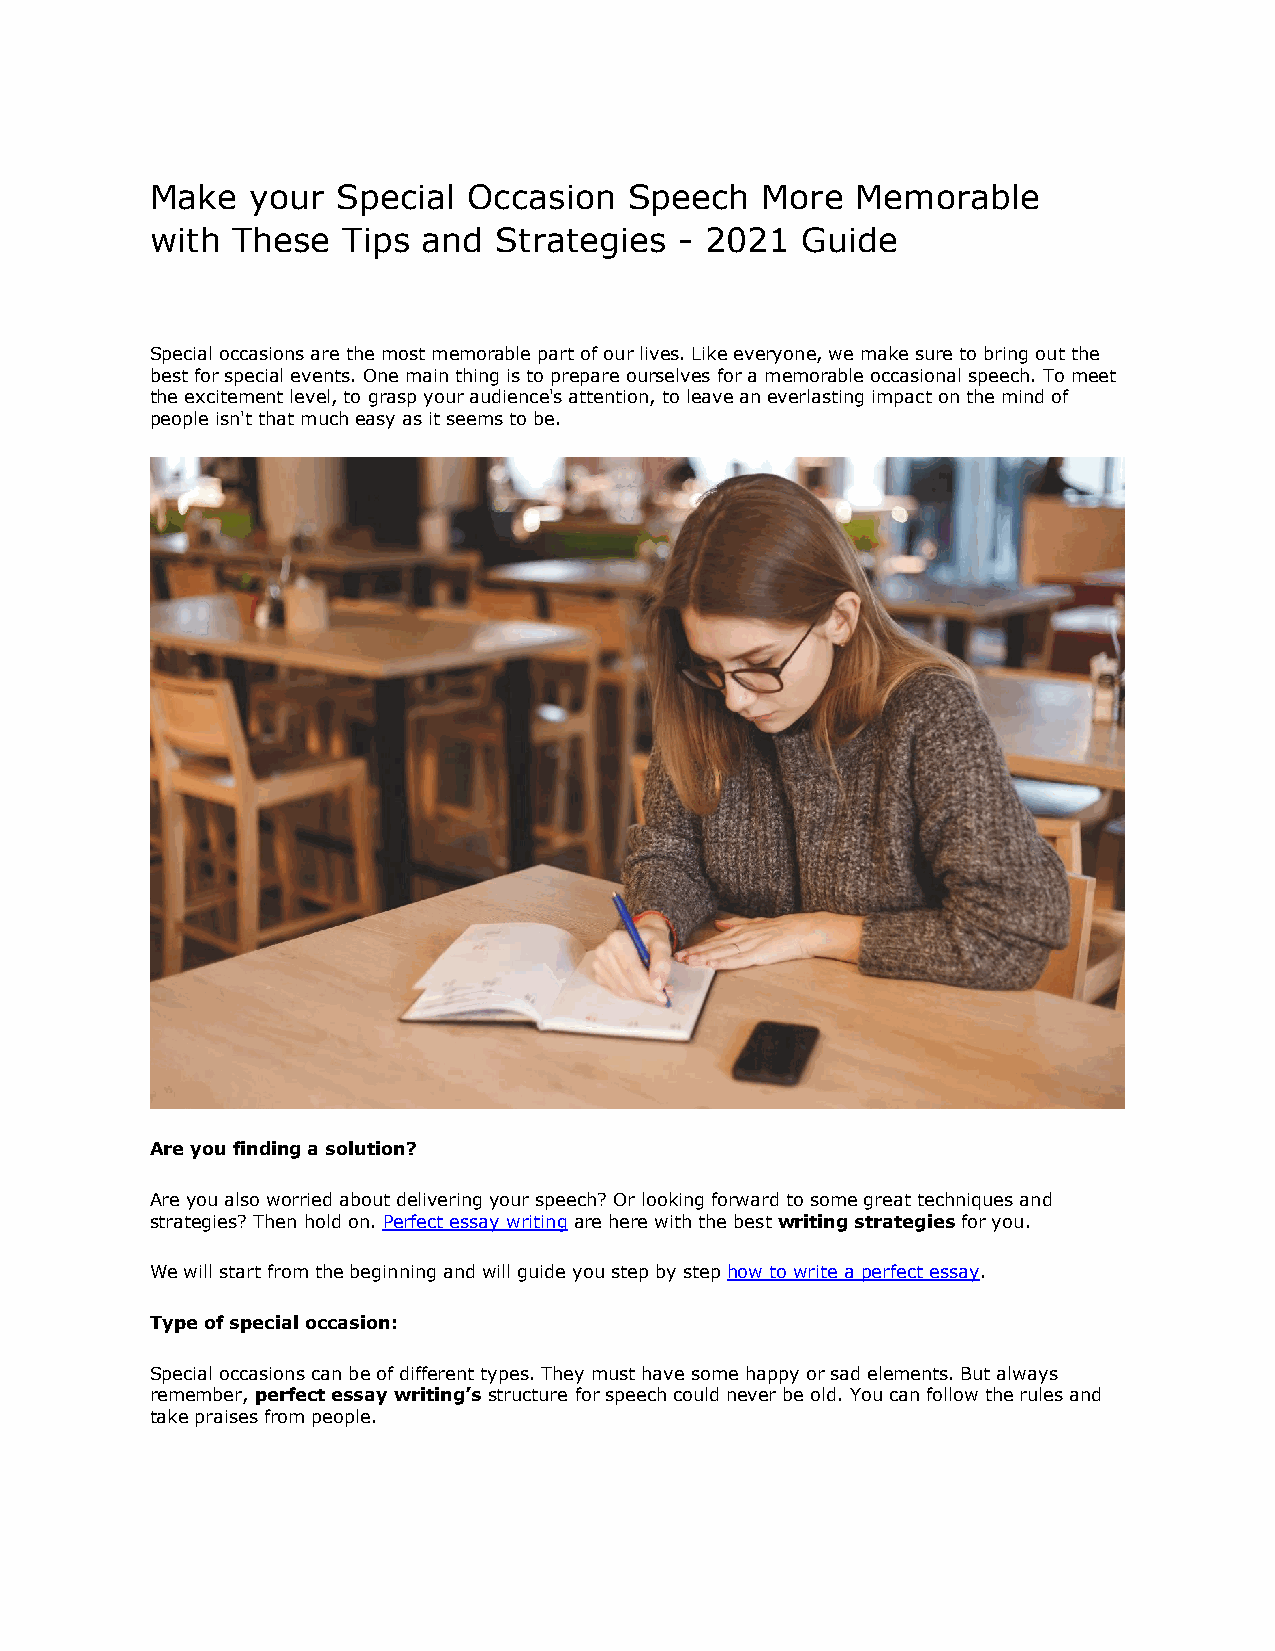
Make   your Special  Occasion   Speech  More   Memorable
 with These   Tips and  Strategies  - 2021  Guide
 Special occasions are the most memorable part of our lives. Like everyone, we make sure to bring out the
 best for special events. One main thing is to prepare ourselves for a memorable occasional speech. To meet
 the excitement level, to grasp your audience's attention, to leave an everlasting impact on the mind of
 people isn't that much easy as it seems to be.
 Are you finding a solution?
 Are you also worried about delivering your speech? Or looking forward to some great techniques and
 strategies? Then hold on. Perfect essay writing are here with the best writing strategies for you.
 We will start from the beginning and will guide you step by step how to write a perfect essay.
 Type of special occasion:
 Special occasions can be of different types. They must have some happy or sad elements. But always
 remember, perfect essay writing’s structure for speech could never be old. You can follow the rules and
 take praises from people.